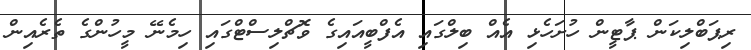
ރިޕަބްލިކަން ޕާޓީން ހުށަހެޅި އެއް ބިލްގައި އެފްބީއައިގެ ވޮޗްލިސްޓްގައި ހިމެނޭ މީހުންގެ ތެރެއިން